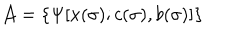
{ \cal A } = \{ \Psi [ x ( \sigma ) ; c ( \sigma ) , b ( \sigma ) ] \}